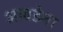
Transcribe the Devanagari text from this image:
आवडेना